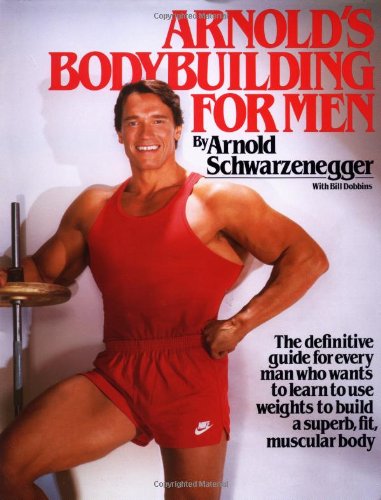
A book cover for Arnold's Bodybuilding for Men; Arnold Schwarzenegger; Health, Fitness & Dieting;